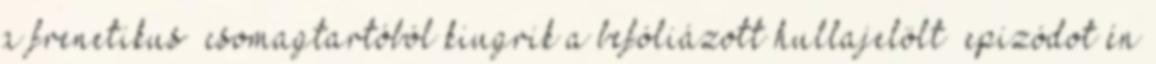
a frenetikus “csomagtartóból kiugrik a befóliázott hullajelölt” epizódot én